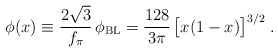
\begin{align*} \phi (x) \equiv \frac{2 \sqrt{3}}{f_\pi} \, \phi_\mathrm{BL} = \frac{128}{3 \pi} \, \big[x (1-x)\big]^{3/2} \; .\end{align*}